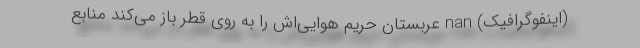
(اینفوگرافیک) nan عربستان حریم هوایی‌اش را به روی قطر باز می‌کند منابع